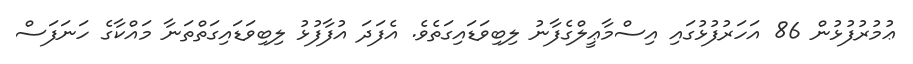
ޢުމުރުފުޅުން 86 އަހަރުފުޅުގައި އިސްމާޢީލްގެފާނު ލިބިވަޑައިގަތެވެ. އެފަދަ އުފާފުޅު ލިބިވަޑައިގަތްތަނާ މައްކާގެ ހަނަފަސް